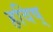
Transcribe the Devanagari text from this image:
हविष्